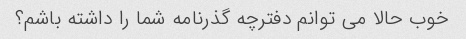
خوب حالا می توانم دفترچه گذرنامه شما را داشته باشم؟